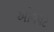
ઓવલટ